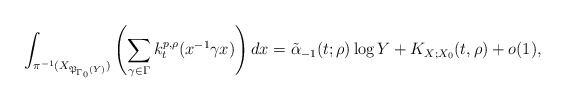
\begin{align*}\int_{\pi^{-1}(X_{\mathfrak{P}_{\Gamma_0}(Y)})}\left(\sum_{\gamma\in\Gamma} k_t^{p,\rho}(x^{-1}\gamma x)\right)dx=\tilde{\alpha}_{-1}(t;\rho)\log{Y}+K_{X;X_0}(t,\rho)+o(1),\end{align*}